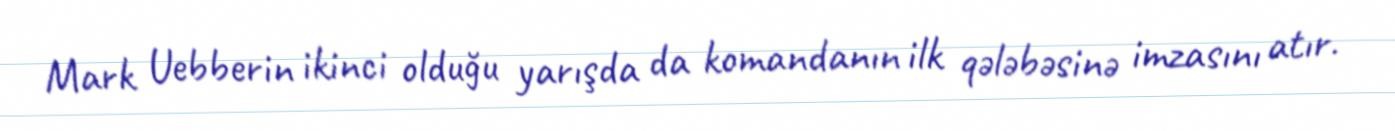
Mark Uebberin ikinci olduğu yarışda da komandanın ilk qələbəsinə imzasını atır.